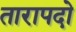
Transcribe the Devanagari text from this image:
तारापदो